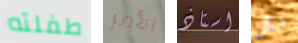
طفلته الأمر استاذ لكن